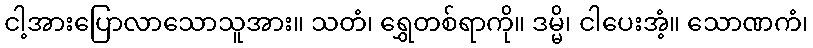
ငါ့အားပြောလာသောသူအား။ သတံ၊ ရွှေတစ်ရာကို။ ဒမ္မိ၊ ငါပေးအံ့။ သောဏကံ၊